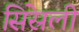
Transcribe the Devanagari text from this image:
सिस्रेली